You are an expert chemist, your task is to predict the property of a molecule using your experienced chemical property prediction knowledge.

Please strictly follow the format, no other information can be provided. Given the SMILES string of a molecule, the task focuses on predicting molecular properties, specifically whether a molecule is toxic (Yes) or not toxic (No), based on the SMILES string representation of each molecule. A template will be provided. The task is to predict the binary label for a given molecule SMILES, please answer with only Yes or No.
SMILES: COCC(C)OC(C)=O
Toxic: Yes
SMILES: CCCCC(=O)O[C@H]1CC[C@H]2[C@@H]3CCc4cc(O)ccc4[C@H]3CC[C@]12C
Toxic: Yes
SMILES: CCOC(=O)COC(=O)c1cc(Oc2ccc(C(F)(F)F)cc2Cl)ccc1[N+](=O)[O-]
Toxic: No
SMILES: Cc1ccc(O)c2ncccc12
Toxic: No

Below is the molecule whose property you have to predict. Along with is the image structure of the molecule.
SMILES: CCOC(=O)[N-]c1c[n+](N2CCOCC2)no1
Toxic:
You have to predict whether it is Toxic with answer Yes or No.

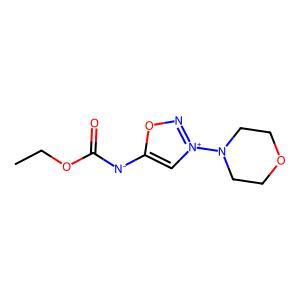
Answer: No